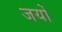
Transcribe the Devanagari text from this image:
जयों